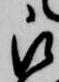
被